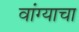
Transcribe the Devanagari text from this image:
वांग्याचा